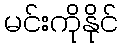
မင်းကိုနိုင်